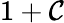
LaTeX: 1+\mathcal{C}